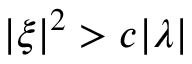
\left| \xi \right| ^ { 2 } > c | \lambda |